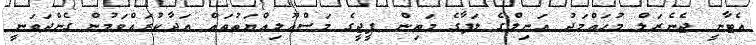
އެޓާނީ ޖެނެރަލް މުހައްމަދު އަނިލްގެ ލަފާގެ މަތިން ޕީޖީގެ މަސްއޫލިއްޔަތުތައް އަދާކުރައްވަމުން ގެންދަވަނީ